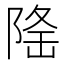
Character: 𨺚